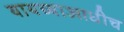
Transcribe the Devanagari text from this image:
यायच्याआधीच